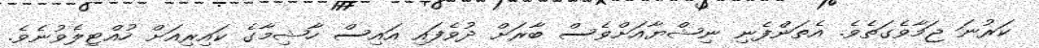
ކަރުނަ ޖަމާވެގަތެވެ. އެތަންފެނި ނިޝްޔާއަށްވެސް ބާރަށް ދުވެފައި އައިސް ހާޝިމާގެ ކައިރިއަށް ހުއްޓިލެވުނެވެ.